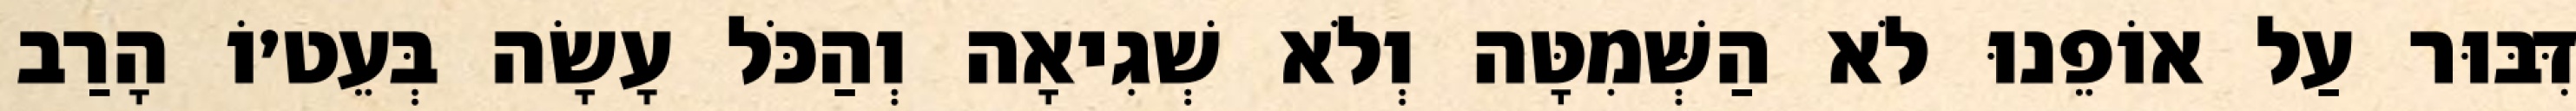
דִּבּוּר עַל אוֹפֵנוּ לֹא הַשְּׁמִטָּה וְלֹא שְׁגִיאָה וְהַכֹּל עָשָׂה בְּעֵט׳וֹ הָרַב